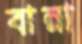
বান্না